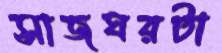
সাজঘরটা